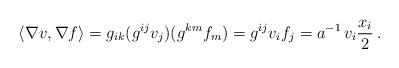
LaTeX: \begin{align*}\langle \nabla v , \nabla f \rangle = g_{ik} (g^{ij} v_j)(g^{km} f_m) = g^{ij} v_i f_j = a^{-1} \, v_i \frac{x_i}{2} \, .\end{align*}